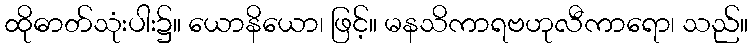
ထိုဓာတ်သုံးပါး၌။ ယောနိယော၊ ဖြင့်။ မနသိကာရဗဟုလီကာရော၊ သည်။